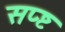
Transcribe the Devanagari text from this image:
सप्ष्ट